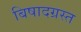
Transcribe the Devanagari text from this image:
बिषादग्रस्त